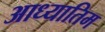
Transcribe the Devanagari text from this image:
आध्यातिम